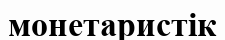
монетаристік